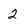
Character: 2